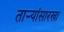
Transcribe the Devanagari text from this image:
तार्‍यांसारखा